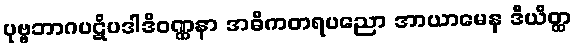
ပုဗ္ဗဘာဂပဋိပဒါဒိဝဏ္ဏနာ အဓိကတရပညော အာယာမေန ဒီယိတ္ထ